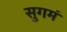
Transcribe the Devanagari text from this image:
सुगमं